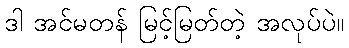
ဒါ အင်မတန် မြင့်မြတ်တဲ့ အလုပ်ပဲ။